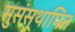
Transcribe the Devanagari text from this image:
सुसंस्थापित